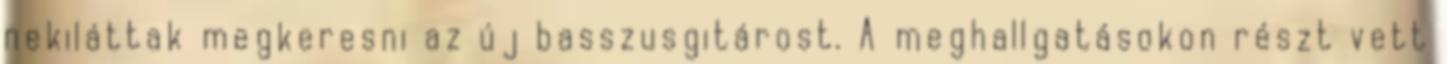
nekiláttak megkeresni az új basszusgitárost. A meghallgatásokon részt vett